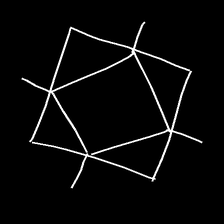
Glyph: light